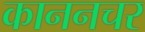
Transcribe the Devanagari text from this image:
काननचर